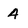
Character: 4